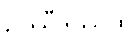
ဥဿီဒိဿထ